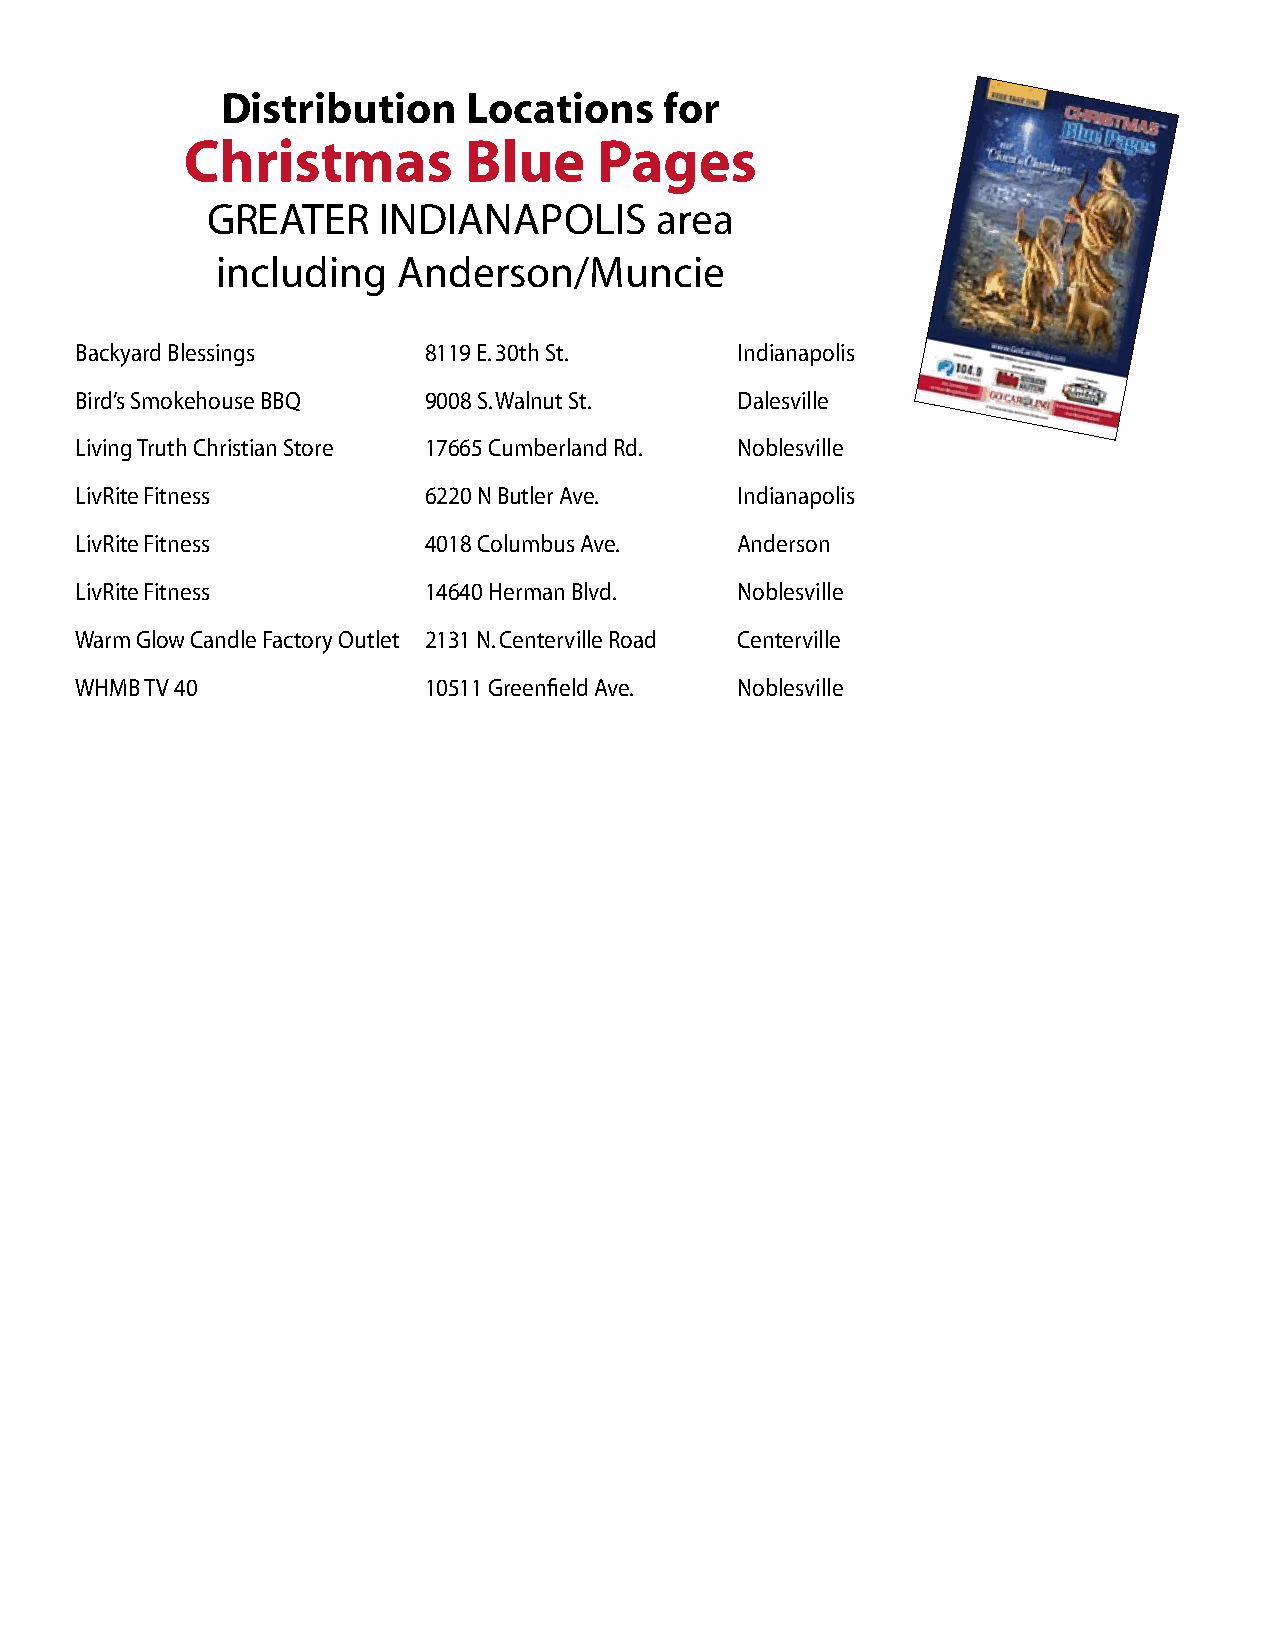
Distribution    Locations    for
 Christmas          Blue     Pages
 GREATER    INDIANAPOLIS      area
 including   Anderson/Muncie
 Backyard Blessings     8119 E. 30th St.     Indianapolis
 Bird’s Smokehouse BBQ  9008 S. Walnut St.   Dalesville
 Living Truth Christian Store 17665 Cumberland Rd. Noblesville
 LivRite Fitness        6220 N Butler Ave.   Indianapolis
 LivRite Fitness        4018 Columbus Ave.   Anderson
 LivRite Fitness        14640 Herman Blvd.   Noblesville
 Warm Glow Candle Factory Outlet 2131 N. Centerville Road Centerville
 WHMB TV 40             10511 Greenfield Ave. Noblesville